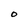
Character: O